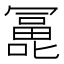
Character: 𰈵